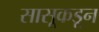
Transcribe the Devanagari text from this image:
सासूकडून